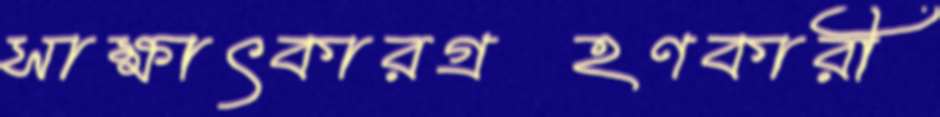
সাক্ষাৎকারগ্রহণকারী